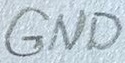
Text: GND